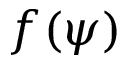
f ( \psi )